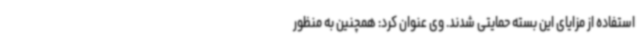
استفاده از مزایای این بسته حمایتی شدند. وی عنوان کرد: همچنین به منظور